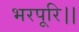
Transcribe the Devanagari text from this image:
भरपूरि।।